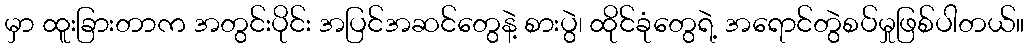
မှာ ထူးခြားတာက အတွင်းပိုင်း အပြင်အဆင်တွေနဲ့ စားပွဲ၊ ထိုင်ခုံတွေရဲ့ အရောင်တွဲစပ်မှုဖြစ်ပါတယ်။